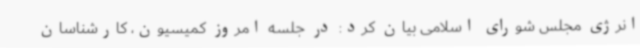
انرژی مجلس شورای اسلامی بیان کرد: در جلسه امروز کمیسیون، کارشناسان